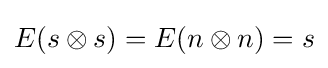
E(s\otimes s)=E(n\otimes n)=s